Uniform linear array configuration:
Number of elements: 64
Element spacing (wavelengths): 0.5
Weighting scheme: exponential
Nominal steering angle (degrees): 45
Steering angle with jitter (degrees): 43.945
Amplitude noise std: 0.05
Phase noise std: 0.05

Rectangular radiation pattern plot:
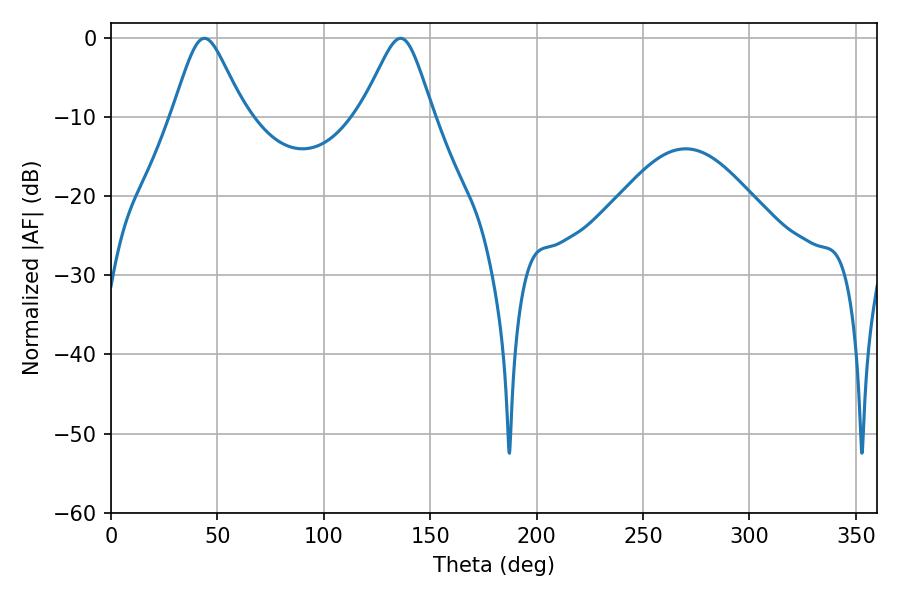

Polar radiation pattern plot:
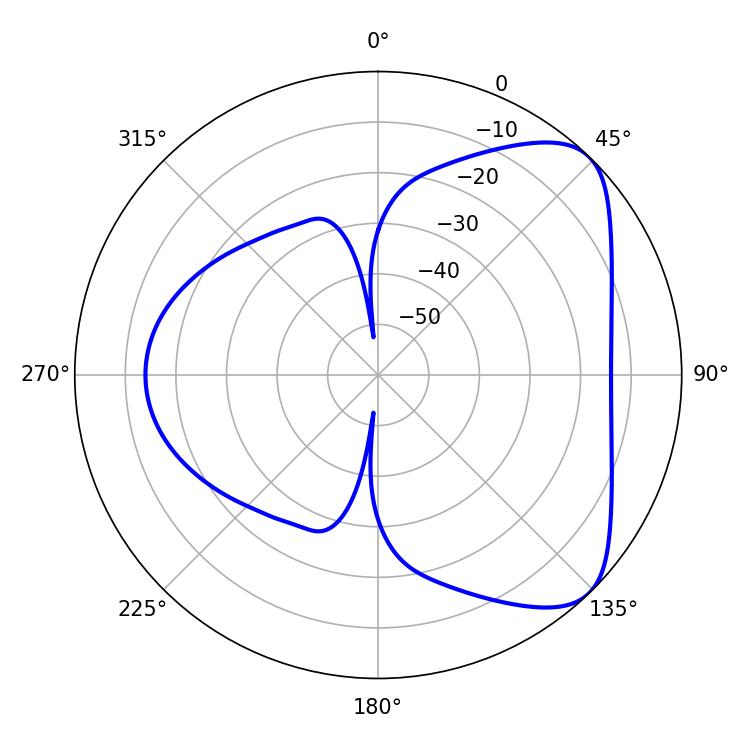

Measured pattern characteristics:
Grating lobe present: FALSE
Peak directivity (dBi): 6.169
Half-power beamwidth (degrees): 16.2
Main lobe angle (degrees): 43.92